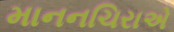
માનનચિરાએ